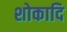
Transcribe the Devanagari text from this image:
शोकादि